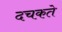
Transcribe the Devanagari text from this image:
दचकते